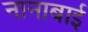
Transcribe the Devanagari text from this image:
नानाबाई